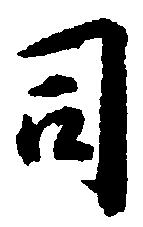
司